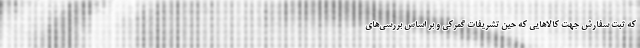
که ثبت سفارش جهت کالاهایی که حین تشریفات گمرکی و بر اساس بررسی‌های